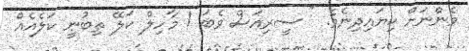
މެންނަށް ކިޔައިދިނެވެ. " ސީރިއަސް ވެބަ ! މާހިލް ކަލޭ ތިބުނީ ކަލެއެއް